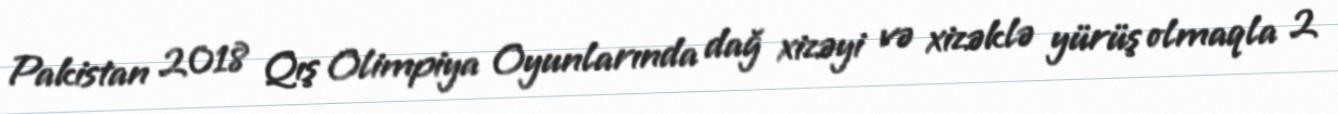
Pakistan 2018 Qış Olimpiya Oyunlarında dağ xizəyi və xizəklə yürüş olmaqla 2